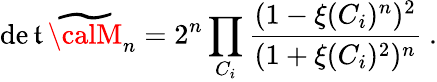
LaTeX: \operatorname*{de\mathfrak{t}}{\widetilde{{\calM}}_{n}}=2^{n}\prod_{C_{i}}{\frac{{(1-\xi(C_{i})^{n})^{2}}}{{(1+\xi(C_{i})^{2})^{n}}}}~.